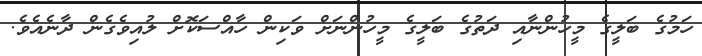
ހަމުގެ ބަލީގެ މީހުންނާއި ދަތުގެ ބަލީގެ މީހުންނަށް ވަކިން ހާއްސަކޮށް ލުއިވެގެން ދާނެއެވެ.